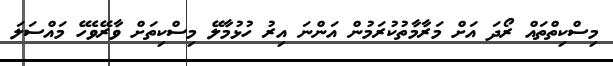
މިސްކިތްތައް ރޯދަ އަށް މަރާމާތުކުރަމުން އަންނަ އިރު ހުޅުމާލޭ މިސްކިތަށް ވާރޭވެހޭ މައްސަލަ